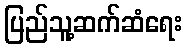
ပြည်သူ့ဆက်ဆံရေး